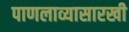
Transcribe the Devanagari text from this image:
पाणलाव्यासारखी